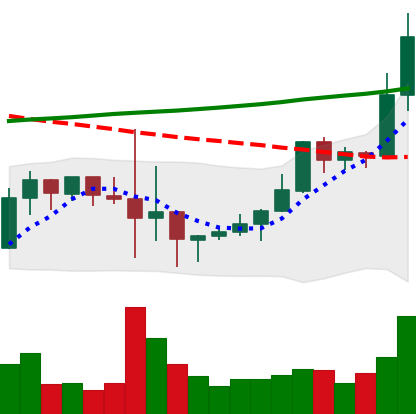
Ticker: LINK-USD
Chart end date: 2019-10-07
Forward return: 8.546%
Label: up_7plus